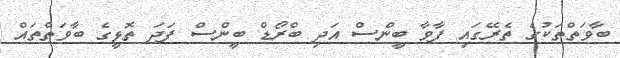
ބާވަތްތަކުގެ ތެރޭގައި ފާވާ ބީންސް އަދި ބްރޯޑް ބީންސް ފަދަ ތޮޅީގެ ބާވަތްތައް